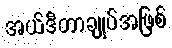
အယ်ဒီတာချုပ်အဖြစ်